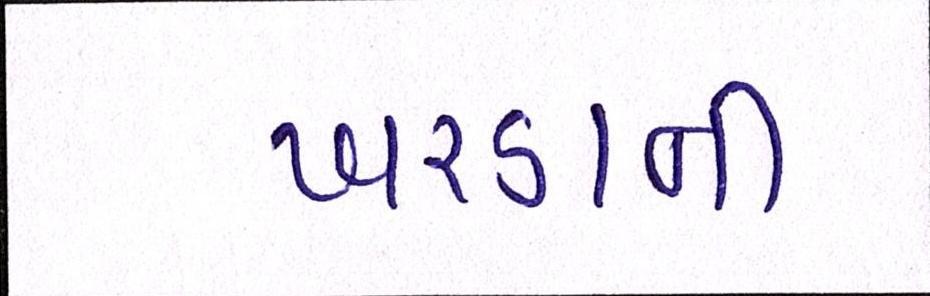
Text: ખરડાની